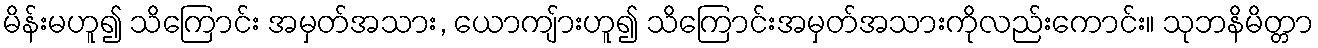
မိန်းမဟူ၍ သိကြောင်း အမှတ်အသား, ယောကျ်ားဟူ၍ သိကြောင်းအမှတ်အသားကိုလည်းကောင်း။ သုဘနိမိတ္တာ